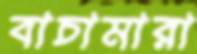
বাচামারা